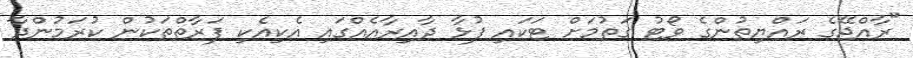
"ރާއްޖޭގެ ރައްޔިތުންގެ ވޯޓު ގަތުމަށް ޓަކައި ފުޅާ ދާއިރާއެއްގައި އެކިއެކި ފަރާތްތަކުން ކުރަމުންދާ